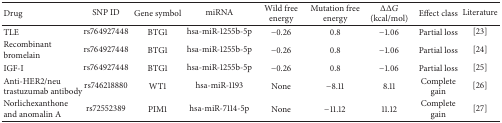
<table><thead><tr><td><b>Drug</b></td><td><b>SNP ID</b></td><td><b>Gene symbol</b></td><td><b>miRNA</b></td><td><b>Wild free energy</b></td><td><b>Mutation free energy</b></td><td><b>ΔΔ<i>G</i> (kcal/mol)</b></td><td><b>Effect class</b></td><td><b> Literature</b></td></tr></thead><tbody><tr><td>TLE</td><td>rs764927448</td><td>BTG1</td><td>hsa-miR-1255b-5p</td><td>−0.26</td><td>0.8</td><td>−1.06</td><td>Partial loss</td><td>[23]</td></tr><tr><td>Recombinant bromelain</td><td>rs764927448</td><td>BTG1</td><td>hsa-miR-1255b-5p</td><td>−0.26</td><td>0.8</td><td>−1.06</td><td>Partial loss</td><td>[24]</td></tr><tr><td>IGF-I</td><td>rs764927448</td><td>BTG1</td><td>hsa-miR-1255b-5p</td><td>−0.26</td><td>0.8</td><td>−1.06</td><td>Partial loss</td><td>[25]</td></tr><tr><td>Anti-HER2/neu trastuzumab antibody</td><td>rs746218880</td><td>WT1</td><td>hsa-miR-1193</td><td>None</td><td>−8.11</td><td>8.11</td><td>Complete gain</td><td>[26]</td></tr><tr><td>Norlichexanthone and anomalin A</td><td>rs72552389</td><td>PIM1</td><td>hsa-miR-7114-5p</td><td>None</td><td>−11.12</td><td>11.12</td><td>Complete gain</td><td>[27]</td></tr></tbody></table>